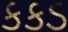
કકડ